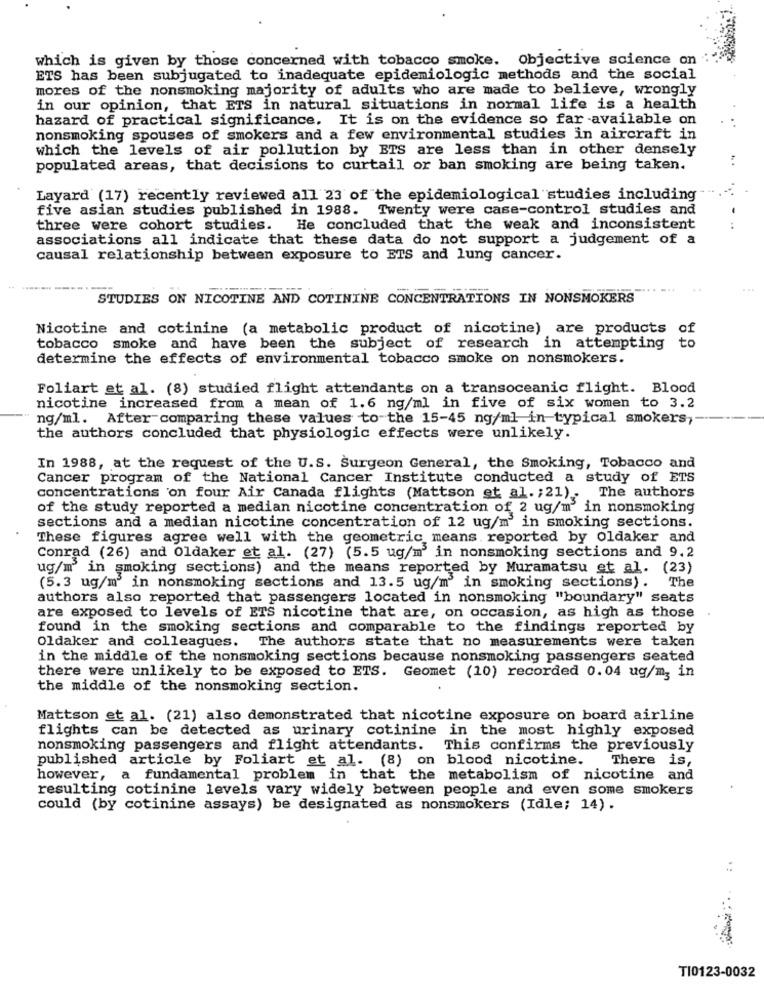
which is given by those concerned with tobacco smoke. Objective science on
ETS has been subjugated to inadequate epidemiologic methods and the social
mores of the nonsmoking majority of adults who are made to believe, wrongly
in our opinion, that ETS in natural situations in normal life is a health
hazard of practical significance. It is on the evidence so far -available on
nonsmoking spouses of smokers and a few environmental studies in aircraft in
which the levels of air pollution by BTS are less than in other densely
populated areas, that decisions to curtail or ban smoking are being taken.
Layard (17) recently reviewed all 23 of the epidemiological studies including
five asian studies published in 1988.
Twenty were case-control studies and
three were cohort studies.
He concluded that the weak and inconsistent
--
associations all indicate that these data do not support a judgement of a
causal relationship between exposure to ETS and lung cancer.
STUDIES ON NICOTINE AND COTININE CONCENTRATIONS IN NONSMOKERS
Nicotine and cotinine (a metabolic product of nicotine) are products of
to
tobacco smoke and have been the subject of research in attempting
determine the effects of environmental tobacco smoke on nonsmokers.
Foliart et al. (8) studied flight attendants on a transoceanic flight. Blood
nicotine increased from a mean of 1.6 ng/ml in five of six women to 3.2
ng/ml. After comparing these values to the 15-45 ng/ml in typical smokers ,-
the authors concluded that physiologic effects were unlikely.
In 1988, at the request of the U.S. Surgeon General, the Smoking, Tobacco and
Cancer program of the National Cancer Institute conducted a study of ETS
concentrations 'on four Air Canada flights (Mattson et al. ; 21)
The authors
of the study reported a median nicotine concentration of 2 ug/m' in nonsmoking
sections and a median nicotine concentration of 12 ug/m in smoking sections.
These figures agree well with the geometric means. reported by oldaker and
Conrad (26) and Oldaker et al. (27) (5.5 ug/m' in nonsmoking sections and 9.2
ug/m' in smoking sections) and the means reported by Muramatsu et al. (23)
(5.3 ug/m3 in nonsmoking sections and 13.5 ug/m' in smoking sections). The
authors also reported that passengers located in nonsmoking "boundary" seats
are exposed to levels of ETS nicotine that are, on occasion, as high as those
found in the smoking sections and comparable to the findings reported by
Oldaker and colleagues. The authors state that no measurements were taken
in the middle of the nonsmoking sections because nonsmoking passengers seated
there were unlikely to be exposed to ETS. Geomet (10) recorded 0.04 ug/m3 in
the middle of the nonsmoking section.
Mattson et al. (21) also demonstrated that nicotine exposure on board airline
flights can be detected as urinary cotinine in the most highly exposed
nonsmoking passengers and flight attendants. This confirms the previously
published article by Foliart et al. (8) on blood nicotine.
There is,
however, a fundamental problem in that the metabolism of nicotine and
resulting cotinine levels vary widely between people and even some smokers
could (by cotinine assays) be designated as nonsmokers (Idle; 14).
TI0123-0032